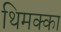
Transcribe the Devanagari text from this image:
थिमक्का